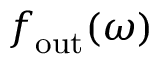
\boldsymbol { f } _ { \mathrm { o u t } } ( \omega )